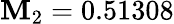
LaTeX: \mathbf{M}_{2}=0.51308